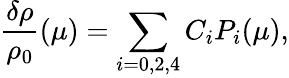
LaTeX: \frac{\delta\rho}{\rho_{0}}(\mu)=\sum_{i=0,2,4}C_{i}P_{i}(\mu),